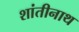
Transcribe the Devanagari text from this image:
शांतीनाथ